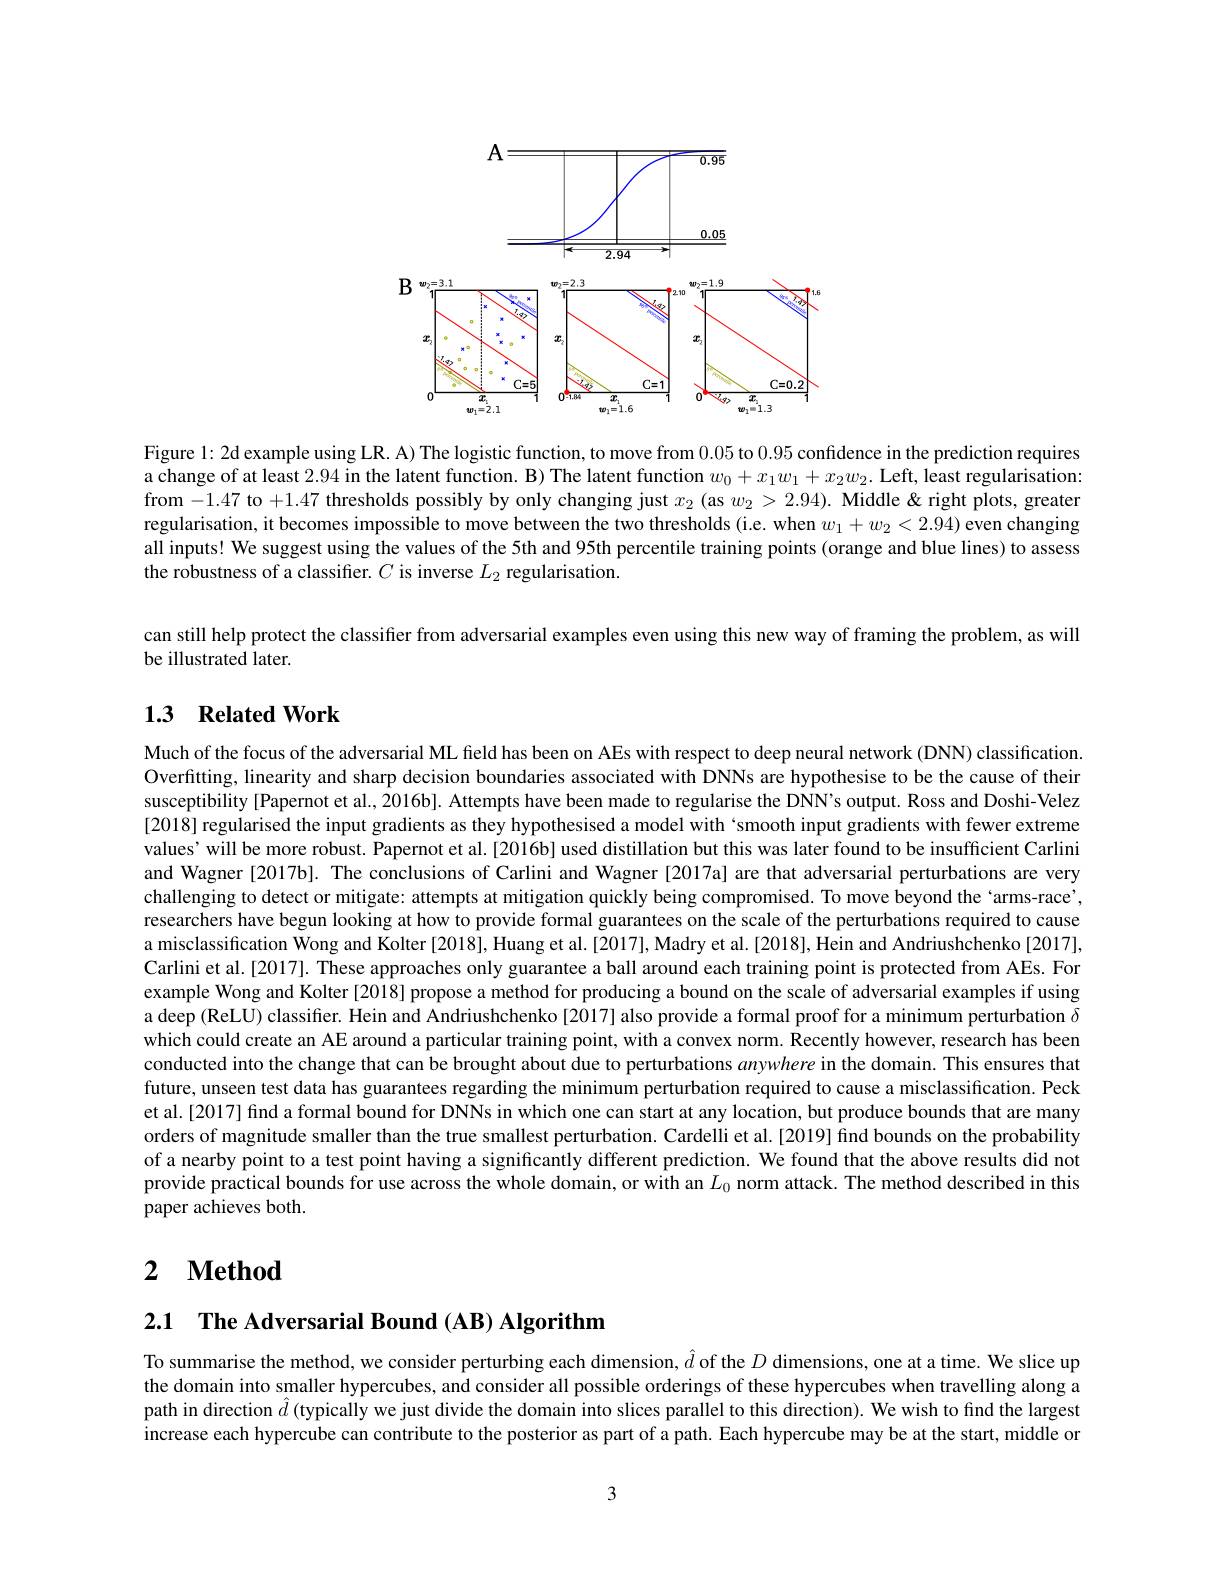
<FigureHere>

Figure 1: 2d example using LR. A) The logistic function, to move from 0.05 to 0.95 confidence in the prediction requires a change of at least 2.94 in the latent function. B) The latent function $w_0+x_1w_1+x_2w_2.$ Left, least regularisation: from -1.47 to +1.47 thresholds possibly by only changing just $x_2$ (as $w_2>2.94).$ Middle &right plots, greater regularisation, it becomes impossible to move between the two thresholds (i.e. when $w_1+w_2<2.94)$ even changing all inputs! We suggest using the values of the 5th and 95th percentile training points (orange and blue lines) to assess the robustness of a classifier. $C$ is inverse $L_2$ regularisation.

can still help protect the classifier from adversarial examples even using this new way of framing the problem, as will
be illustrated later.

## 1.3 Related Work

Much of the focus of the adversarial ML feld has been on AEs with respect to deep neural network (DNN) classification. Overfitting, linearity and sharp decision boundaries associated with DNNs are hypothesise to be the cause of their susceptibility [Papernot et al., 2016b]. Attempts have been made to regularise the DNN's output. Ross and Doshi-Velez [2018] regularised the input gradients as they hypothesised a model with `smooth input gradients with fewer extreme values' will be more robust. Papernot et al. [2016b] used distillation but this was later found to be insufficient Carlini and Wagner [2017b]. The conclusions of Carlini and Wagner [2017a] are that adversarial perturbations are very challenging to detect or mitigate: attempts at mitigation quickly being compromised. To move beyond the `arms-race' researchers have begun looking at how to provide formal guarantees on the scale of the perturbations required to cause a misclassification Wong and Kolter [2018], Huang et al.[2017], Madry et al.[2018], Hein and Andriushchenko[2017], Carlini et al.[2017]. These approaches only guarantee a ball around each training point is protected from AEs. For example Wong and Kolter [2018] propose a method for producing a bound on the scale of adversarial examples if using a deep (ReLU) classifier. Hein and Andriushchenko [2017] also provide a formal proof for a minimum perturbation $\delta$ which could create an AE around a particular training point, with a convex norm. Recently however, research has been conducted into the change that can be brought about due to perturbations anywhere in the domain. This ensures that future, unseen test data has guarantees regarding the minimum perturbation required to cause a misclassification. Peck et al.[2017] find a formal bound for DNNs in which one can start at any location, but produce bounds that are many orders of magnitude smaller than the true smallest perturbation. Cardelli et al.[2019] find bounds on the probability of a nearby point to a test point having a significantly different prediction. We found that the above results did not provide practical bounds for use across the whole domain, or with an $L_0$ norm attack. The method described in this paper achieves both.

# $\textbf{2 Method}$

2.1 $\textbf{The Adversarial Bound }($AB) Algorithm

To summarise the method, we consider perturbing each dimension, $\hat{d}$ of the $D$ dimensions, one at a time. We slice up the domain into smaller hypercubes, and consider all possible orderings of these hypercubes when travelling along a path in direction $\hat{d}$ (typically we just divide the domain into slices parallel to this direction). We wish to find the largest increase each hypercube can contribute to the posterior as part of a path. Each hypercube may be at the start, middle or

3